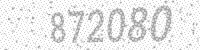
Solution: 872080